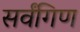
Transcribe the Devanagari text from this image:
सर्वंगिण